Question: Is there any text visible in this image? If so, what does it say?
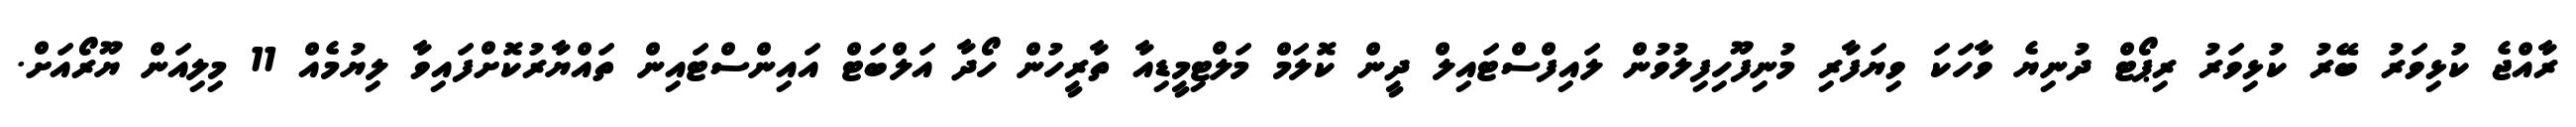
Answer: ރާއްޖެ ކުޅިވަރު ބޭރު ކުޅިވަރު ރިޕޯޓް ދުނިޔެ ވާހަކަ ވިޔަފާރި މުނިފޫހިފިލުވުން ލައިފްސްޓައިލް ދީން ކޮލަމް މަލްޓިމީޑިއާ ތާރީހުން ހޯދާ އަލްބަޓް އައިންސްޓައިން ތައްޔާރުކޮށްފައިވާ ލިޔުމެއް 11 މިލިއަން ޔޫރޯއަށް.